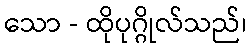
သော - ထိုပုဂ္ဂိုလ်သည်၊